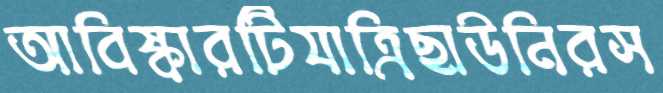
আবিষ্কারটিযাত্রিছাউনিরস